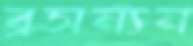
ব্রসন্যন